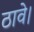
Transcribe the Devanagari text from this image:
ठावे।